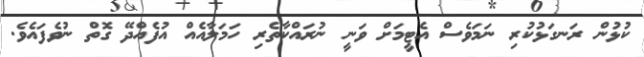
ކުޅުން ރަނގަޅުކުރި ނަމަވެސް އެޓީމަށް ވަނީ ނުރައްކާތެރި ހަމަލާއެއް އުފެއްދޭ ގޮތް ނުވެފައެވެ.